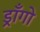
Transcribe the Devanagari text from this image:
ड्राँगो